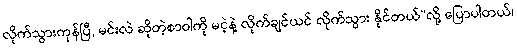
လိုက်သွားကုန်ပြီ, မင်းလဲ ဆိုတဲ့စာဝါကို မငဲ့နဲ့ လိုက်ချင်ယင် လိုက်သွား နိုင်တယ်”လို့ ပြောပါတယ်၊